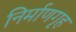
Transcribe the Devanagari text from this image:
निर्माणगृह